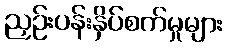
ညှဉ်းပန်းနှိပ်စက်မှုများ